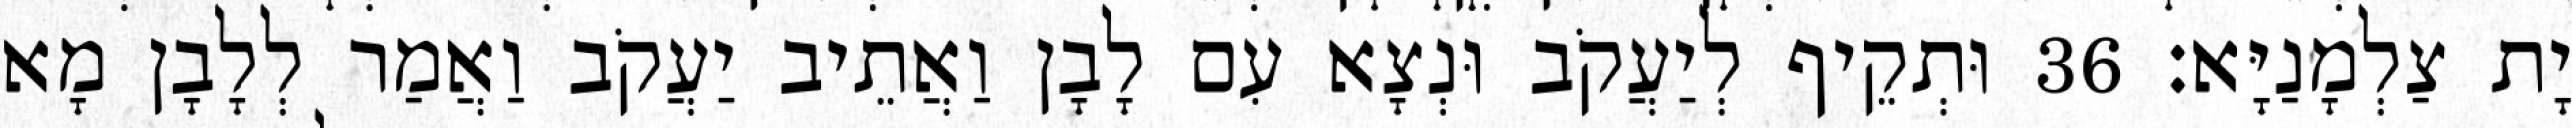
יָת צַלְמָנַיָּא׃ 36 וּתְקֵיף לְיַעֲקֹב וּנְצָא עִם לָבָן וַאֲתֵיב יַעֲקֹב וַאֲמַר לְלָבָן מָא